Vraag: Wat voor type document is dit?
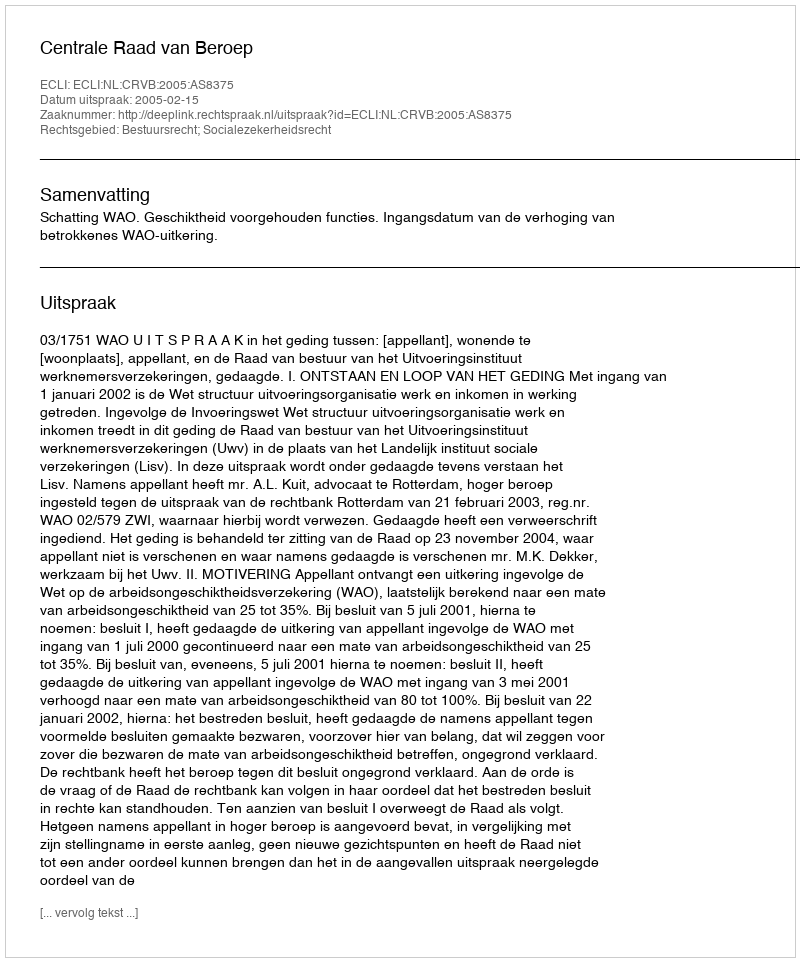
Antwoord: Uitspraak